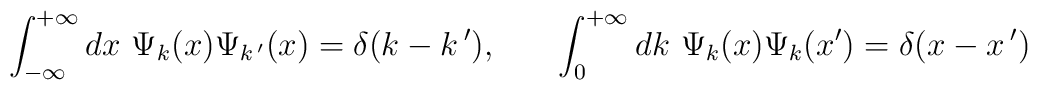
\int_{-\infty}^{+\infty} dx\,\, \Psi_{k}(x)\Psi_{k\,'}(x) =\delta(k-k\,'),~~~~~\int_{0}^{+\infty} dk\,\, \Psi_{k}(x)\Psi_{k}(x') =\delta(x-x\,')